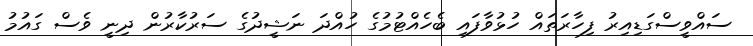
ސައްވީސްގަޑިއިރު ފިހާރަތައް ހުޅުވާފައި ބެހެއްޓުމުގެ ހުއްދަ ނަޝީދުގެ ސަރުކާރުން ދިނީ ވެސް ގައުމު